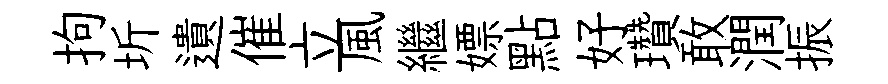
拘圻遺催立風繼嫖點好瓚敢潤振